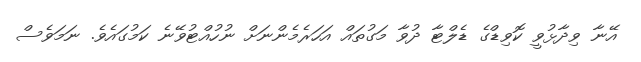
އޭނާ ވިދާޅުވީ ކޮވިޑްގެ ޑެލްޓާ ދުވާ މަގުތައް އަހަރެމެންނަށް ނުހުއްޓުވޭނެ ކަމުގައެވެ. ނަމަވެސް